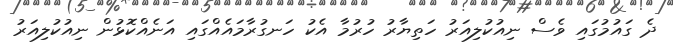
ދެ ގައުމުގައި ވެސް ނިއުކުލިއަރު ހަތިޔާރު ހުރުމާ އެކު ހަނގުރާމައެއްގައި އަނެއްކޮޅުން ނިއުކުލިއަރު